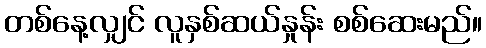
တစ်နေ့လျှင် လူနှစ်ဆယ်နှုန်း စစ်ဆေးမည်။